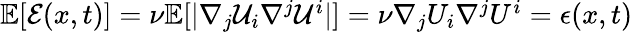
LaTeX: \begin{array}{r}{\mathbb{E}[\mathcal{E}(x,t)]=\nu\mathbb{E}[|\nabla_{j}\mathcal{U}_{i}\nabla^{j}\mathcal{U}^{i}|]=\nu\nabla_{j}{U}_{i}\nabla^{j}{U}^{i}=\epsilon(x,t)}\end{array}